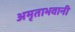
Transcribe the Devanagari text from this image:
अमृताभवानी